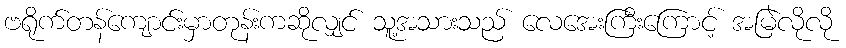
ဗရိုက်တန်ကျောင်းမှာတုန်းကဆိုလျှင် သူ့အသားသည် လေအေးကြီးကြောင့် အမြဲလိုလို